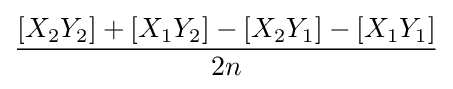
{\frac {[X_{2}Y_{2}]+[X_{1}Y_{2}]-[X_{2}Y_{1}]-[X_{1}Y_{1}]}{2n}}